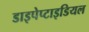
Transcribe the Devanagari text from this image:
डाइपेप्टाइडियल